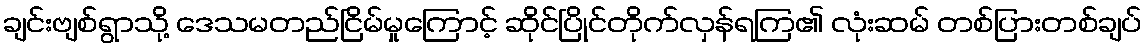
ချင်းဗျစ်ရွာသို့ ဒေသမတည်ငြိမ်မှုကြောင့် ဆိုင်ပြိုင်တိုက်လှန်ရကြ၏ လုံးဆမ် တစ်ပြားတစ်ချပ်